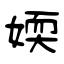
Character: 媆